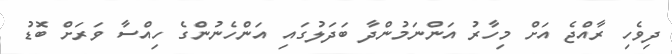
ދިވެހި ރާއްޖެ އަށް މިހާރު އަންނަމުންދާ ބަދަލުގައި އަންހެނުންގެ ހިއްސާ ވަރަށް ބޮޑު